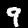
Label: 9